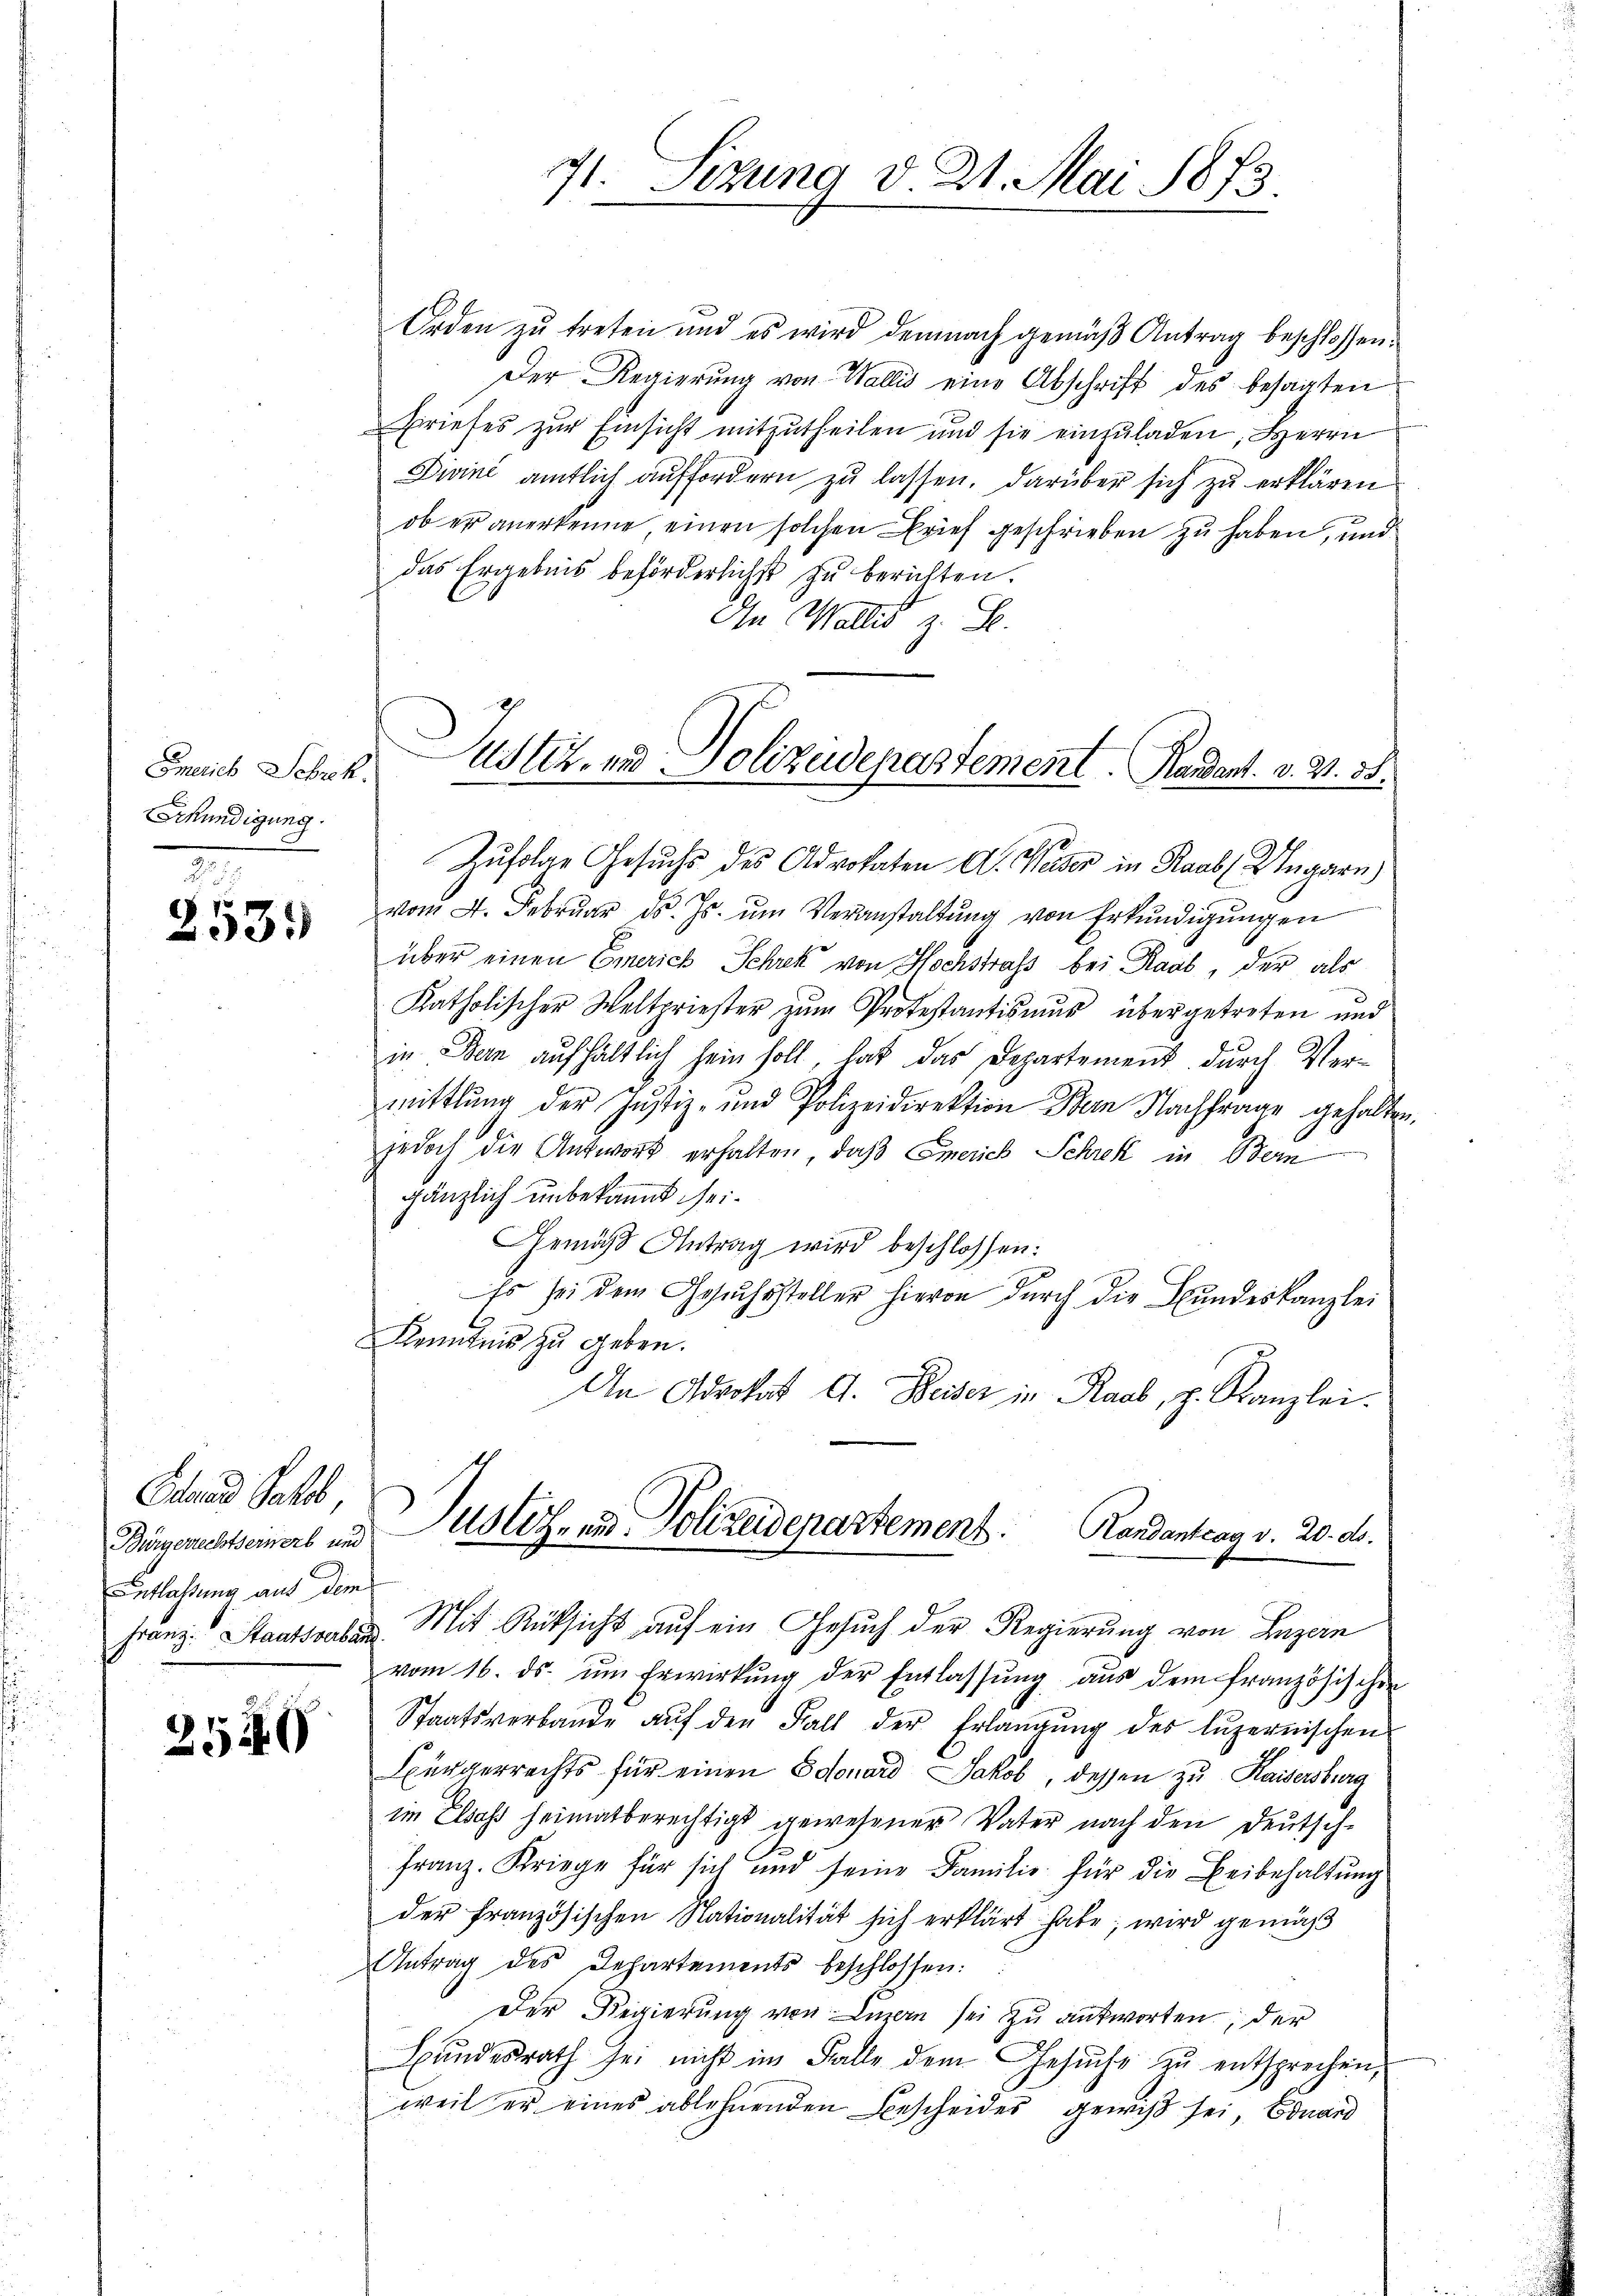
Emerich Schrek.
Erkündigung.

2535

Fland Pall,
Bürgerrechtserwerb und
Entlassung auf dem

2540

71. Sizung d. 21. Mai 1873.

Orden zu treten und es wird demnach gemäß Antrag beschlossen:
Der Regierung von Wallis eine Abschrift des besagten
Briefes zur Einsicht mitzutheilen und sie einzŭladen, Herrn
Diviné amtlich auffordern zu lassen. Darüber sich zu erklären
ob er anerkenne einen solchen Brief geschrieben zu haben, und
das Ergebnis beförderlichst zu berichten.
In Wallis z. B.
Zufolge Gesuchs des Advokaten A. Weder in Raab (Ungarn
vom 4. Februar d. Js. ŭm Veranstaltung von Erkundigungen
über einen Emerich Schrek von Hochstraß bei Raab, der als
Katholischer Weltpriester zŭm Protestantismus übergetreten und
in Bern aufhältlich sein soll, hat das Departement durch Ver-
mittlung der Justiz- und Polizeidirektion Bern Nachfrage gehalten.
jedoch die Antwort erhalten, daß Emerich Schrek in Bern
gänzlich unbekannt sei¬
Gemäß Antrag wird beschlossen:
Es sei dem Gesuchssteller hievon durch die Bundeskanzlei
Kenntnis zu geben.
An Advokat A. Beiser in Raub, p. Kanzlei.
Justiz- und Polizeidepartement. Landantrag v. 20. ds.
Franz Staatsraten Mit Rücksicht auf ein Gesuch der Regierung von Luzern
vom 16. ds. um Erwirkung der Entlassung aus dem französischen
Staatsverbande aŭf den Fall der Erlangung des luzernischen
Bürgerrechts für einen Edouard Jakob, dessen zu Kaisersburg
im Elsass heimatberechtigt gewesener Vater nach den Deutsch-
Franz. Kriege für sich und seine Familie für die Beibehaltung
der französischen Nationalität sich erklärt habe; wird gemäß
Antrag des Departements beschlossen:
Der Regierung von Luzern sei zu antworten, der
Bŭndesrath sei nicht im Falle dem Gesŭche zŭ entsprechen,
weil er eines ablehnenden Bescheides gewiß sei, Bonand

Justiz- und Polizeidepartement. Randant. v. 2. 55.